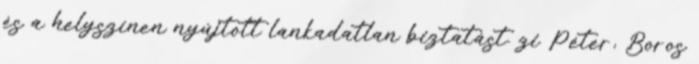
és a helyszínen nyújtott lankadatlan biztatást. zi Péter, Boros